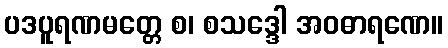
ပဒပူရဏမတ္တေ စ၊ စသဒ္ဒေါ အဝဓာရဏေ။